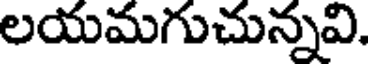
లయమగుచున్నవి.